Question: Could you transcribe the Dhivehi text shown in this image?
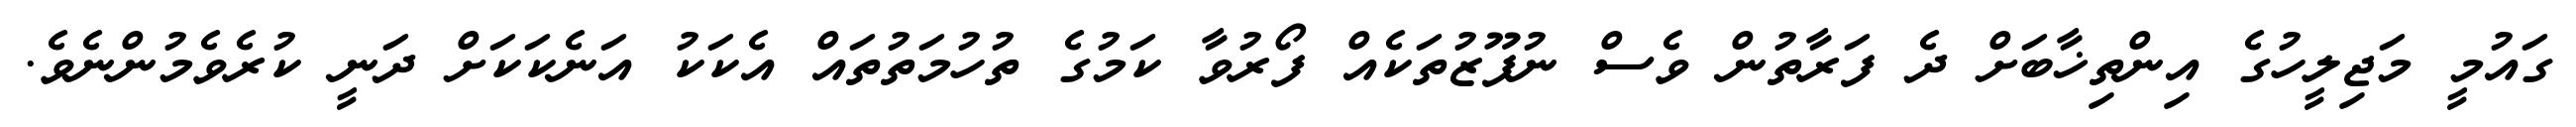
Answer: ގައުމީ މަޖިލީހުގެ އިންތިޚާބަށް ދެ ފަރާތުން ވެސް ނުފޫޒުތަކެއް ފޯރުވާ ކަމުގެ ތުހުމަތުތައް އެކަކު އަނެކަކަށް ދަނީ ކުރެވެމުންނެވެ.